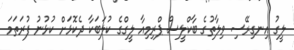
ލީގު އިނގިރޭސި ވިލާތުގެ ބާކްލީސް ޕްރިމިއާ ލީގްގެ ކުލަބަކާ ދެކޮޅަށް ކުޅުނު ފުރަތަމަ